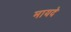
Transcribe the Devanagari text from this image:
मायदे